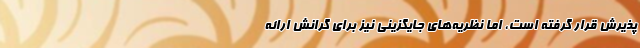
پذیرش قرار گرفته‌ است، اما نظریه‌های جایگزینی نیز برای گرانش ارائه